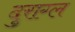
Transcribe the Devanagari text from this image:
दुराग्ल